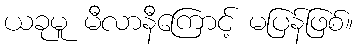
ယခုမူ မီလာနီကြောင့် မပြန်ဖြစ်။